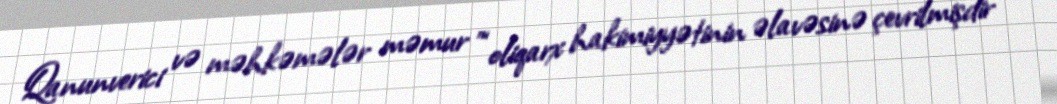
Qanunverici və məhkəmələr məmur ”“oliqarx hakimiyyətinin əlavəsinə çevrilmişdir